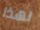
لهذا